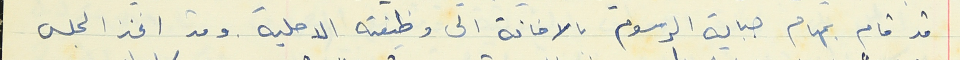
قد قام بمهام جباية الرسوم بالاضافة الى وظيفته الاصلية. وقد اتخذ المجلس